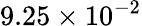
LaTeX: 9.25\times 10^{-2}